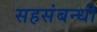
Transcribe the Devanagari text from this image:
सहसंबन्धी